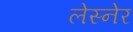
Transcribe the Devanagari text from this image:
लेस्नेर